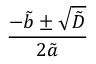
\frac { - \tilde { b } \pm \sqrt { \tilde { D } } } { 2 \tilde { a } }